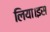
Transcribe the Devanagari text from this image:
लिया।इस